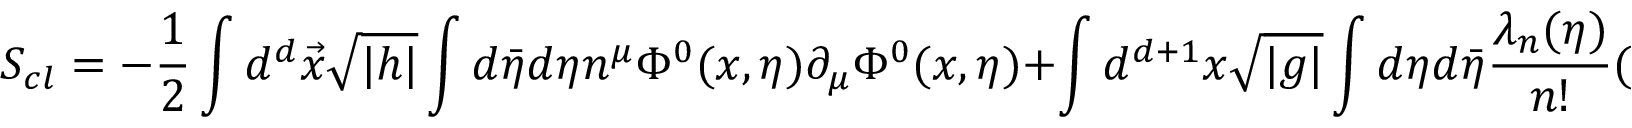
S _ { c l } = - \frac { 1 } { 2 } \int d ^ { d } \vec { x } \sqrt { | h | } \int d \bar { \eta } d \eta n ^ { \mu } \Phi ^ { 0 } ( x , \eta ) \partial _ { \mu } \Phi ^ { 0 } ( x , \eta ) + \int d ^ { d + 1 } x \sqrt { | g | } \int d \eta d \bar { \eta } \frac { \lambda _ { n } ( \eta ) } { n ! } ( \Phi ^ { 0 } ( x , \eta ) ) ^ { n }